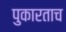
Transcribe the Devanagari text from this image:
पुकारताच